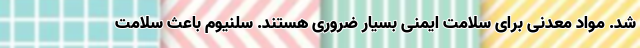
شد. مواد معدنی برای سلامت ایمنی بسیار ضروری هستند. سلنیوم باعث سلامت